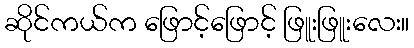
ဆိုင်ကယ်က ဖြောင့်ဖြောင့် ဖြူးဖြူးလေး။